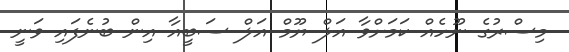
މިސްރުގެ ނޫހެއް ކަމަށްވާ އަލް ޔޫމް އަލް ސަބީއާ އިން ބުނެފައި ވަނީ